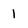
Character: I